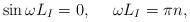
LaTeX: \begin{align*}\sin\omega L_I=0,~~~~\omega L_I=\pi n,\end{align*}